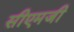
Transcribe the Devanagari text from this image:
सीएमजी